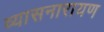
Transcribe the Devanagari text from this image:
व्यासनारायण